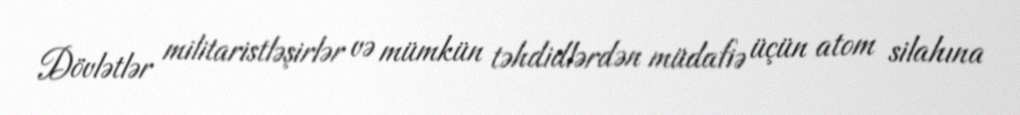
Dövlətlər militaristləşirlər və mümkün təhdidlərdən müdafiə üçün atom silahına